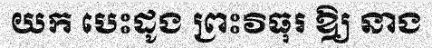
យក បេះដូង ព្រះវិធុរ ឱ្យ នាង